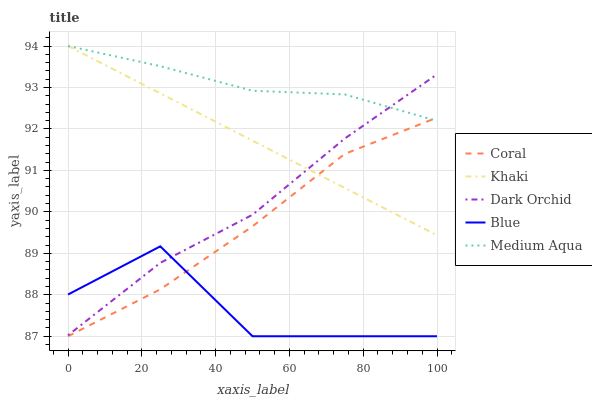
| xaxis_label | Coral | Khaki | Dark Orchid | Blue | Medium Aqua |
 | --- | --- | --- | --- | --- | --- |
 | 0 | 87 | 94 | 87 | 88 | 94 |
 | 25 | 88.1 | 92.9 | 88.8 | 89.2 | 93.5 |
 | 50 | 89.7 | 91.7 | 89.9 | 87 | 92.9 |
 | 75 | 91.4 | 90.6 | 91.8 | 87 | 92.8 |
 | 100 | 92.3 | 89.4 | 93.3 | 87 | 92.2 |